Vaccine operations Central Provinces 1900-1911 - 1900-1911
Year: 1900
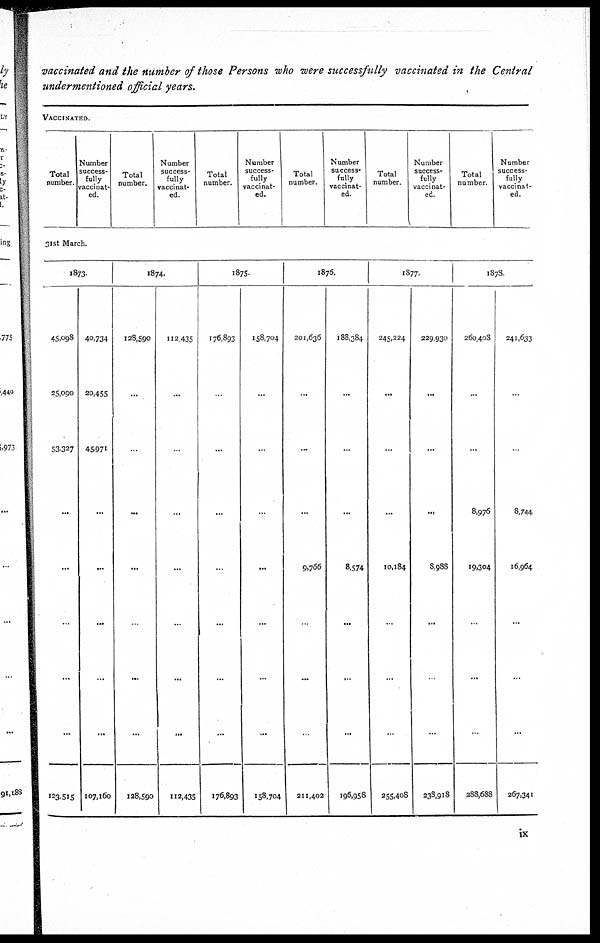
vaccinated and the number of those Persons who were successfully vaccinated in the Central
undermentioned official years.
VACCINATED.
Total
number.
Number
success-
fully
vaccinat-
ed.
Total
number.
Number
success-
fully
vaccinat-
ed.
Total
number.
Number
success-
fully
vaccinat-
ed.
Total
number.
Number
success-
fully
vaccinat-
ed.
Total
number.
Number
success-
fully
vaccinat-
ed.
Total
number.
Number
success-
fully
vaccinat-
ed.
31st March.
1873.
45,098
25,090
53,327
...
...
...
...
...
123,515
40,734
20,455
45,971
...
...
...
...
...
107,160
1874.
128,590
...
...
...
...
...
...
...
128,590
112,435
...
..
...
...
...
...
...
112,435
1875.
176,893
...
...
...
...
...
...
176,893
158,704
...
...
...
...
...
...
...
158,704
1876.
201,636
...
...
...
9,766
.
...
...
211,402
188,384
...
...
...
8,574
...
...
...
196,958
1877.
245,224
...
...
...
10,184
...
...
...
255,408
229,930
...
...
...
8,988
...
...
...
238,918
1878
260,408
...
...
8,976
19,304
..
...
...
288,688
241,633
...
...
8,744
16,964
...
...
...
267,341
ix